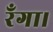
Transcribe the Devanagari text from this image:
रँगा।